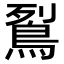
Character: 鴷